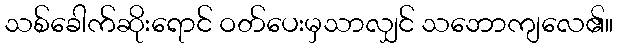
သစ်ခေါက်ဆိုးရောင် ဝတ်ပေးမှသာလျှင် သဘောကျလေ၏။